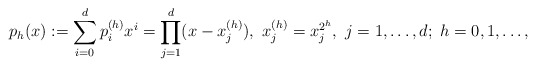
\begin{align*} p_h(x):=\sum_{i=0}^dp_i^{(h)}x^i=\prod_{j=1}^d(x-x_j^{(h)}),~x_j^{(h)}=x_j^{2^h},~j=1,\dots,d;~h=0,1,\dots,\end{align*}